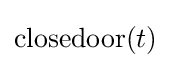
\mathrm {closedoor} (t)